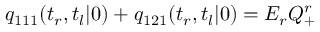
q _ { 1 1 1 } ( t _ { r } , t _ { l } | 0 ) + q _ { 1 2 1 } ( t _ { r } , t _ { l } | 0 ) = E _ { r } Q _ { + } ^ { r }